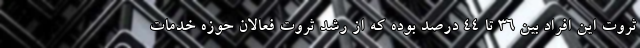
ثروت این افراد بین ۳۶ تا ۴۴ درصد بوده که از رشد ثروت فعالان حوزه خدمات